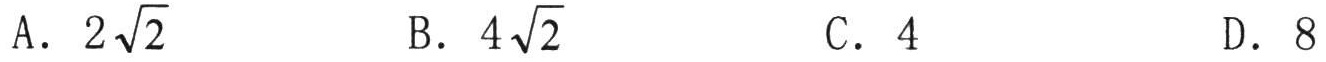
A. \(2\sqrt{2}\)  B. \(4\sqrt{2}\)  C. \(4\)  D. \(8\)